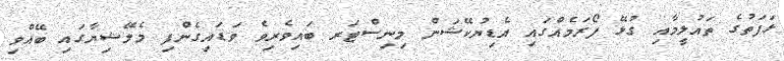
ޅަފަތުގެ ތައުލީމާއި ގުޅޭ ފޯރަމެއްގައި އެޑިޔުކޭޝަން މިނިސްޓަރ ބައިވެރިވެ ވަޑައިގެންފި މެލޭޝިޔާގައި ބޭއްވި